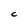
Character: C